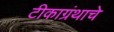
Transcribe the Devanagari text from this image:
टीकाग्रंथाचे